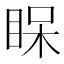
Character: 𥆫